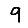
Digit: 9